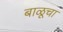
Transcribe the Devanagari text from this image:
बाळूचा